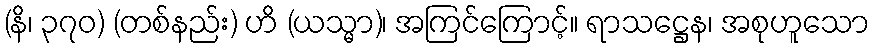
(နိ၊ ၃၇၀) (တစ်နည်း) ဟိ (ယသ္မာ)၊ အကြင်ကြောင့်။ ရာသဋ္ဌေန၊ အစုဟူသော